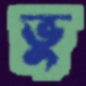
ভু